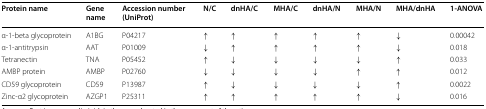
<table><thead><tr><td><b>Protein name</b></td><td><b>Gene name</b></td><td><b>Accession number (UniProt)</b></td><td><b>N/C</b></td><td><b>dnHA/C</b></td><td><b>MHA/C</b></td><td><b>dnHA/N</b></td><td><b>MHA/N</b></td><td><b>MHA/dnHA</b></td><td><b>1-ANOVA</b></td></tr></thead><tbody><tr><td>α-1-beta glycoprotein</td><td>A1BG</td><td>P04217</td><td>↑</td><td>↑</td><td>↑</td><td>↑</td><td>↑</td><td>↓</td><td>0.00042</td></tr><tr><td>α-1-antitrypsin</td><td>AAT</td><td>P01009</td><td>↓</td><td>↑</td><td>↑</td><td>↑</td><td>↑</td><td>↓</td><td>0.018</td></tr><tr><td>Tetranectin</td><td>TNA</td><td>P05452</td><td>↑</td><td>↓</td><td>↓</td><td>↓</td><td>↓</td><td>↑</td><td>0.033</td></tr><tr><td>AMBP protein</td><td>AMBP</td><td>P02760</td><td>↓</td><td>↓</td><td>↓</td><td>↓</td><td>↑</td><td>↑</td><td>0.012</td></tr><tr><td>CD59 glycoprotein</td><td>CD59</td><td>P13987</td><td>↑</td><td>↓</td><td>↓</td><td>↓</td><td>↓</td><td>↑</td><td>0.0022</td></tr><tr><td>Zinc-α2 glycoprotein</td><td>AZGP1</td><td>P25311</td><td>↑</td><td>↑</td><td>↑</td><td>↑</td><td>↑</td><td>↓</td><td>0.016</td></tr></tbody></table>